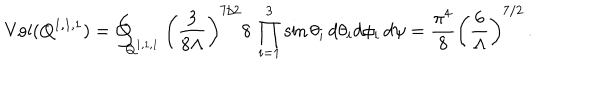
\mathrm { V o l ( Q ^ { 1 , 1 , 1 } ) } = \oint _ { Q ^ { 1 , 1 , 1 } } \left( \frac { 3 } { 8 \Lambda } \right) ^ { 7 / 2 } 8 \, \prod _ { i = 1 } ^ { 3 } \sin \theta _ { i } \, d \theta _ { i } d \phi _ { i } \, d \psi = \frac { \pi ^ { 4 } } { 8 } \left( \frac { 6 } { \Lambda } \right) ^ { 7 / 2 } \, .